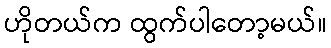
ဟိုတယ်က ထွက်ပါတော့မယ်။